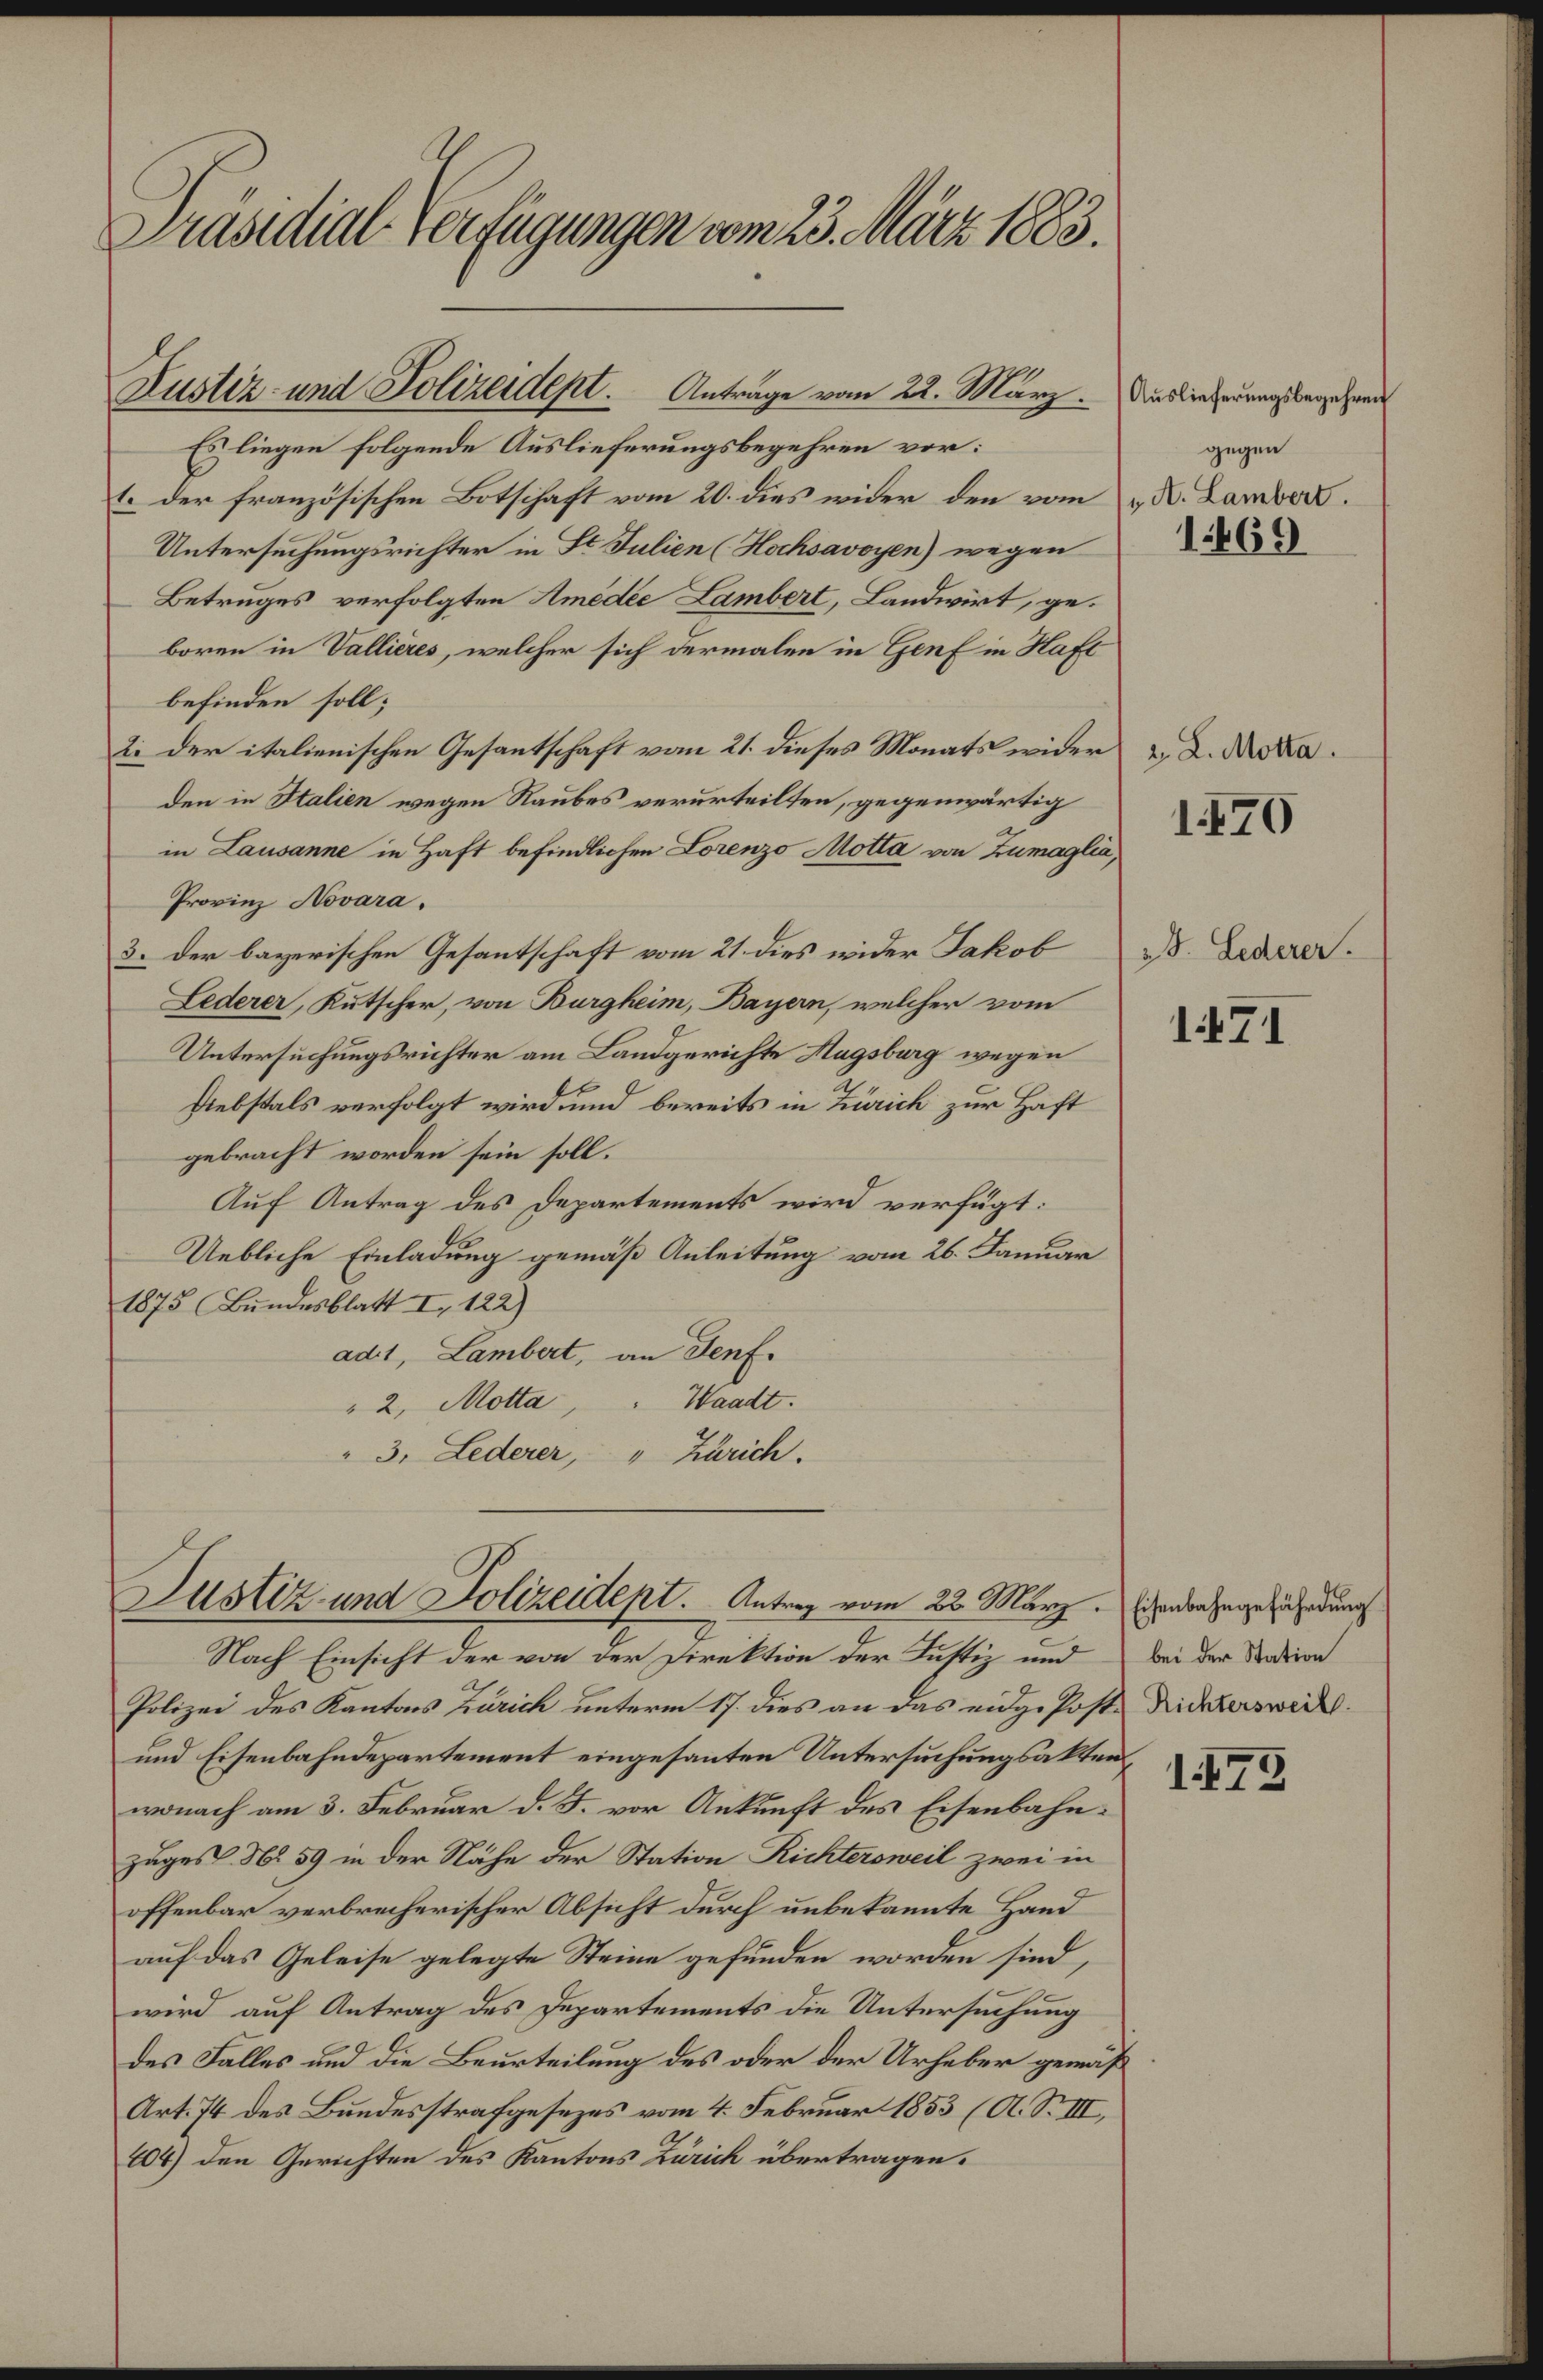
Präsidial-Verfügungen vom 23. März 1883.
Auslieferungsbegehren
gegen
1. A. Lambert.
1469
Justiz- und Polizeidept. Anträge vom 22. März.
Es liegen folgende Auslieferungsbegehren vor:
1. der französischen Botschaft vom 20. dies wider den vom
Untersuchungsrichter in St. Julien (Hochsavoyen) wegen
Betruges verfolgten Amédé Lambert, Landwirt, ge¬
boren in Vallières, welcher sich dermalen in Genf in Haft
befinden soll;
2. L. Motta.
1470
2. der italienischen Gesantschaft vom 21. dieses Monats wider
den in Italien wegen Raubes verurteilten, gegenwärtig
in Lausanne in Haft befindlichen Lorenzo Motta von Zumaglia,
Provinz Novara.
3. J. Lederer.
1471
3. der bayerischen Gesantschaft vom 21. dies wider Jakob
Lederer, Kutscher, von Burgheim, Bayern, welcher vom
Untersuchungsrichter am Landgerichte Augsburg wegen
Diebstals verfolgt wird und bereits in Zürich zur Haft
gebracht worden sein soll.
Auf Antrag des Departements wird verfügt:
Uebliche Einladung gemäß Anleitung vom 26. Januar
1875 (Bundesblatt I., 122).
ad 1, Lambert, an Genf.
" 2, Motta, " Waadt.
" 3, Lederer, " Zürich.
Eisenbahngefährdung
bei der Station
Richtersweil.
1472
Justiz- und Polizeidept. Antrag vom 22. März.
Nach Einsicht der von der Direktion der Justiz und
Polizei des Kantons Zürich unterm 17. dies an das eidg. Post-
und Eisenbahndepartement eingesanten Untersuchungsakten,
wonach am 3. Februar d. J. vor Ankunft des Eisenbahn¬
zuges No 59 in der Nähe der Station Richtersweil zwei in
offenbar verbrecherischer Absicht durch unbekannte Hand
auf das Geleise gelegte Steine gefunden worden sind,
wird auf Antrag des Departements die Untersuchung
des Falles und die Beurteilung des oder der Urheber gemäß
Art. 74 des Bundesstrafgesezes vom 4. Februar 1853 (A. S. III,
404) den Gerichten des Kantons Zürich übertragen.